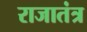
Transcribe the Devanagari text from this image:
राजातंत्र